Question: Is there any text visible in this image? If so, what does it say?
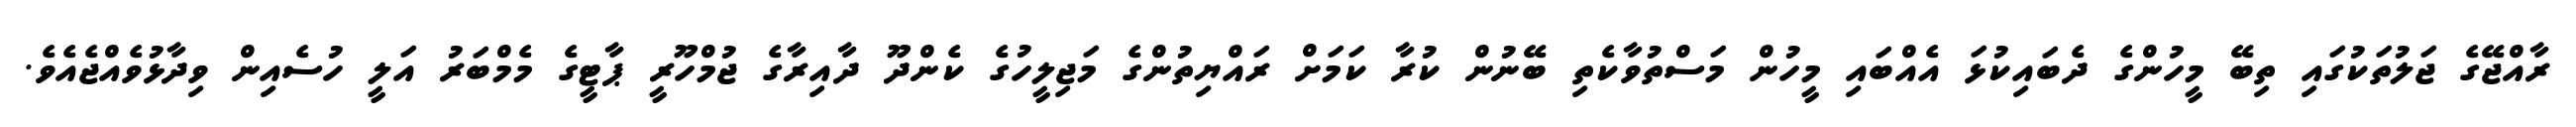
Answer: ރާއްޖޭގެ ޖަލުތަކުގައި ތިބޭ މީހުންގެ ދެބައިކުޅަ އެއްބައި މީހުން މަސްތުވާކެތި ބޭނުން ކުރާ ކަމަށް ރައްޔިތުންގެ މަޖިލީހުގެ ކެންދޫ ދާއިރާގެ ޖުމްހޫރީ ޕާޓީގެ މެމްބަރު އަލީ ހުސެއިން ވިދާޅުވެއްޖެއެވެ.